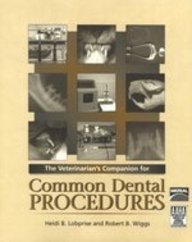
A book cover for The Veterinarian's Companion for Common Dental Procedures; Heidi B. Lobprise; Medical Books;